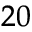
^ { 2 0 }